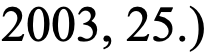
2003, 25.)